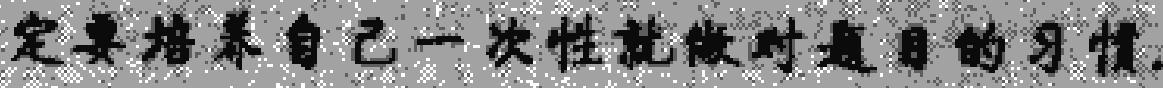
定要培养自己一次性就做对题目的习惯.